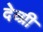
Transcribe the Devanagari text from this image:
देव्ग्री